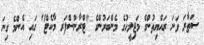
ސަތާރަ ވަނަ ރައްޔިތުންގެ މަޖިލީހުގެ މެންބަރުންގެ "ޓްރާންސްފަރ މާކެޓް" ގައި އެންމެ ގިނަ